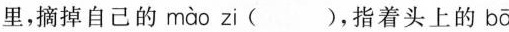
里，摘掉自己的 mào zi( )，指着头上的bā